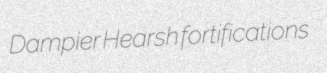
Dampier Hearsh fortifications